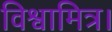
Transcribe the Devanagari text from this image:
विश्वामित्र।